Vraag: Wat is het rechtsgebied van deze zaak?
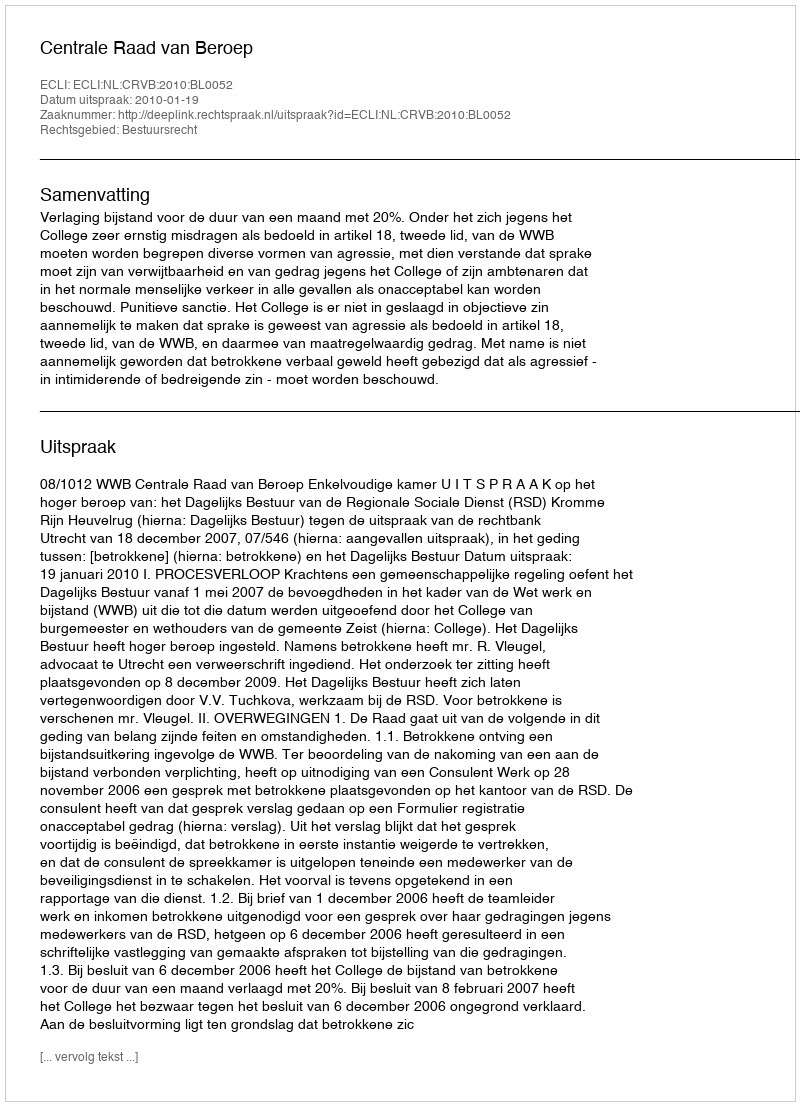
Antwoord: Bestuursrecht